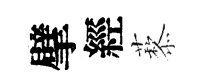
擘經藜